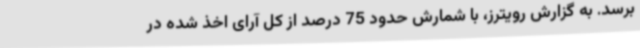
برسد. به گزارش رویترز، با شمارش حدود 75 درصد از کل آرای اخذ شده در